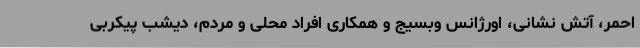
احمر، آتش نشانی، اورژانس وبسیج و همکاری افراد محلی و مردم، دیشب پیکربی